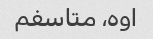
اوه، متاسفم